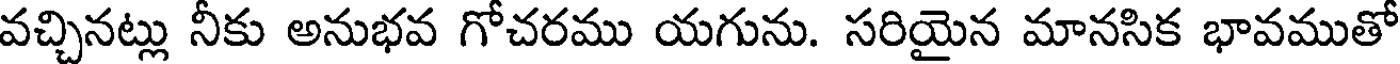
వచ్చినట్లు నీకు అనుభవ గోచరము యగును. సరియైన మానసిక భావముతో